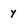
Character: y